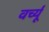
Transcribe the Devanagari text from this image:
वर्च्यू